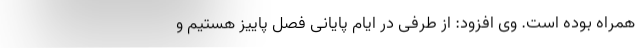
همراه بوده است. وی افزود: از طرفی در ایام پایانی فصل پاییز هستیم و